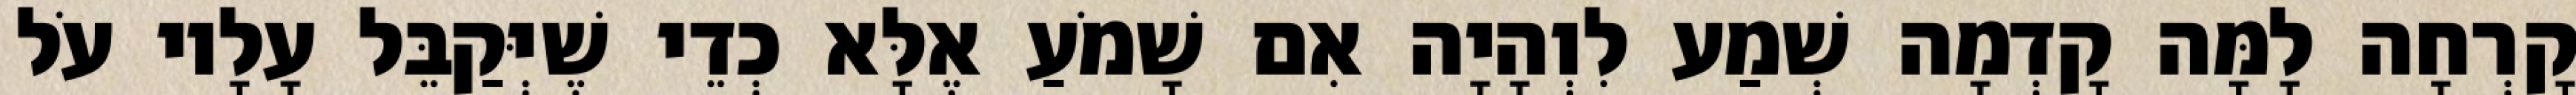
קָרְחָה לָמָּה קָדְמָה שְׁמַע לִוְהָיָה אִם שָׁמֹעַ אֶלָּא כְדֵי שֶׁיְּקַבֵּל עָלָיו עֹל